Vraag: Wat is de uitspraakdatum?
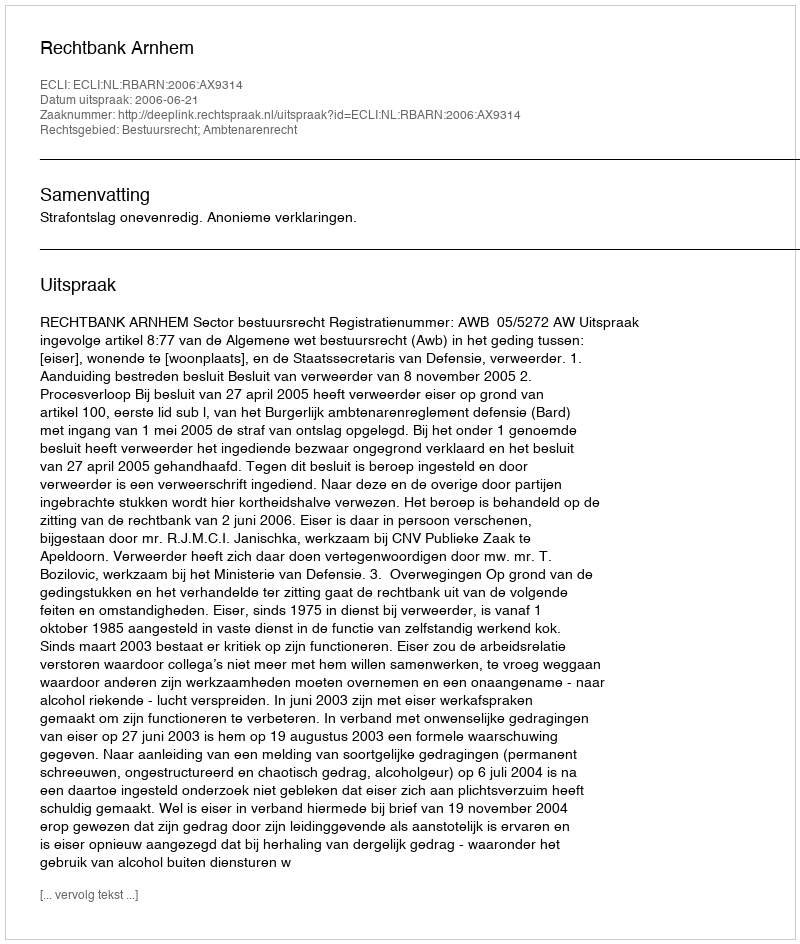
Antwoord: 2006-06-21